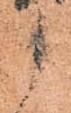
候